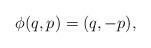
LaTeX: \begin{align*} \phi(q,p)=(q,-p),\end{align*}